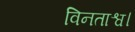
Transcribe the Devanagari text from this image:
विनताश्व।